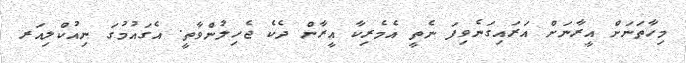
މިހާތަނަށް އީރާނަށް އަރައިގަނެވިފަ ނެތީ އެމެރިކާ އީރާން ދެކެ ޖެހިލުންވާތީ. އެގައުމުގަ ނިއުކްލިއަރ